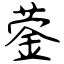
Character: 蓥